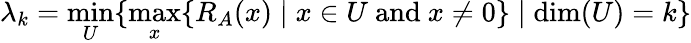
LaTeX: \lambda_{k}=\operatorname*{min}_{U}\{ \operatorname*{max}_{x}\{ R_{A}(x)\mid x\in U{\mathrm{~and~}}x\neq 0\} \mid\dim(U)=k\}